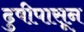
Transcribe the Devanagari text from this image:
ढुषीपासून